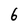
Character: 6